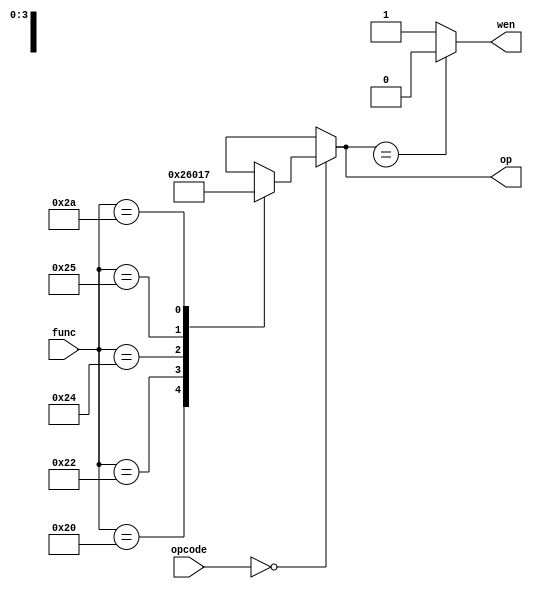
// Small control unitM
//     Inputs: opcode, func
//     Output: op, wen
// Operations: formatR

module Control #(parameter F=6,R=6,P=4)(	output reg [P-1:0]op,
										    output reg wen,
										    input [R-1:0]opcode,
										    input [F-1:0]func);

parameter 	format_R = 0,
		 	 R_ADD   = 6'h20,
			 R_SUB	= 6'h22,
			 R_AND	= 6'h24,
			 R_OR	= 6'h25,
			 R_SLT	= 6'h2a;

always @(*)
begin
	case(opcode)
		format_R :
			case(func)
			R_ADD : op = 4'b0010;
			R_SUB : op = 4'b0110;
			R_AND : op = 4'b0000;
			R_OR  : op = 4'b0001;
			R_SLT : op = 4'b0111;
			default:op = 'bx;
			endcase
		default:  op = 'bx; 
	endcase
	
	if(op == 'bx) wen = 1'b0;
	else wen = 1'b1;
end

endmodule